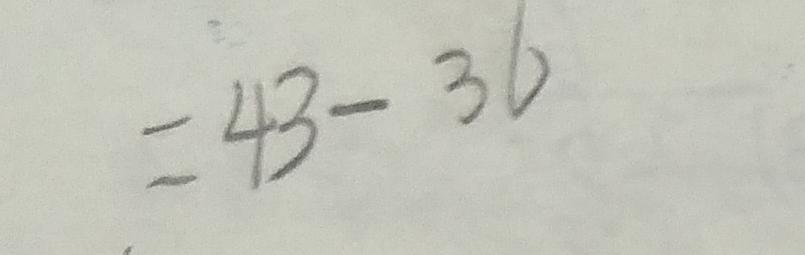
= 4 3 - 3 6